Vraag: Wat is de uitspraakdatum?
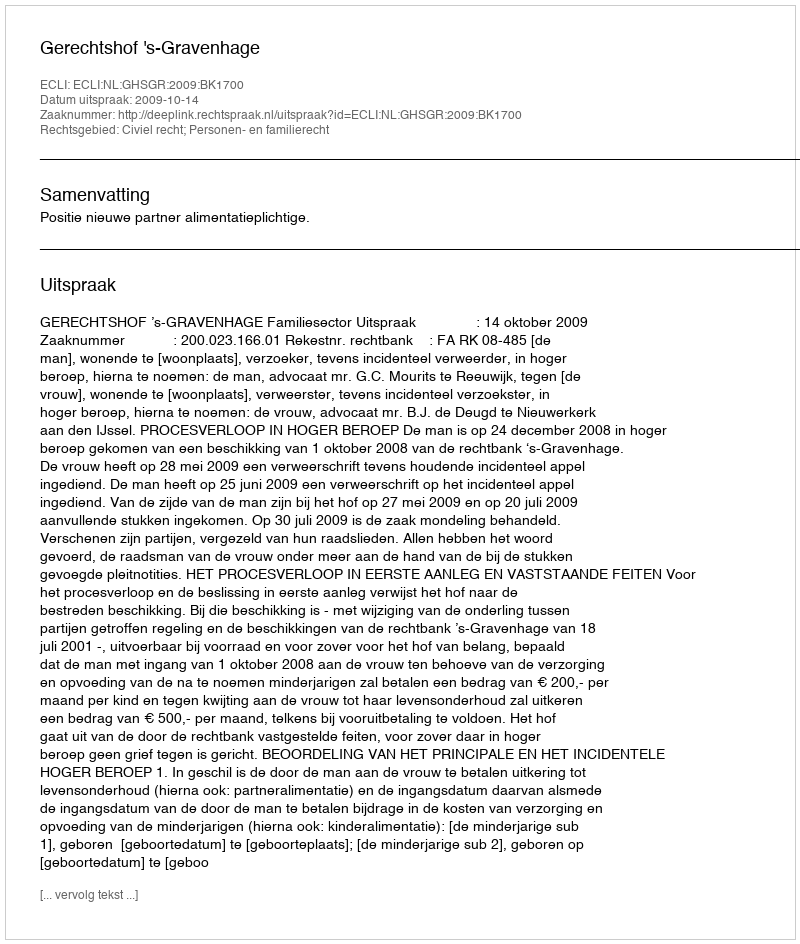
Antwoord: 2009-10-14